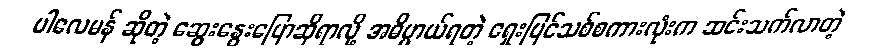
ပါလေမန် ဆိုတဲ့ ဆွေးနွေးပြောဆိုရာလို့ အဓိပ္ပာယ်ရတဲ့ ရှေးပြင်သစ်စကားလုံးက ဆင်းသက်လာတဲ့